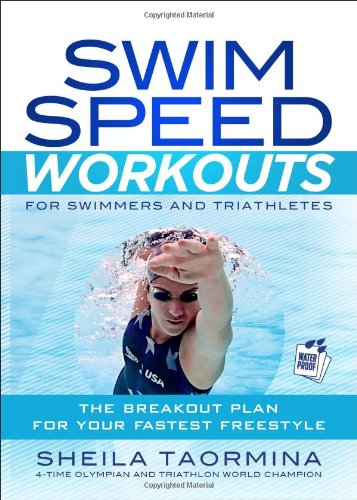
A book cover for Swim Speed Workouts for Swimmers and Triathletes: The Breakout Plan for Your Fastest Freestyle (Swim Speed Series); Sheila Taormina; Health, Fitness & Dieting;